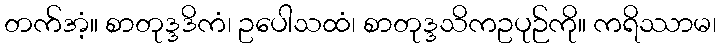
တက်အံ့။ စာတုဒ္ဒဒိကံ၊ ဥပေါသထံ၊ စာတုဒ္ဒသိကဥပုဉ်ကို။ ကရိဿာမ၊